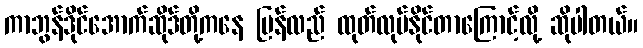
ကာဘွန်ဒိုင်အောက်ဆိုဒ်တို့ကနေ ပြန်လည် ထုတ်လုပ်နိုင်တာကြောင့်လို့ ဆိုပါတယ်။